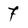
Character: 7